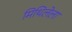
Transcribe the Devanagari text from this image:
मिथिलेला